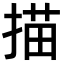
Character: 描